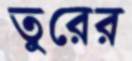
তুরের